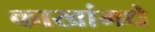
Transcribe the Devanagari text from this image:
काखांमधे